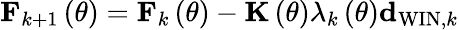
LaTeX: {\mathbf F}_{k+1}\left(\theta\right)={\mathbf F}_{k}\left(\theta\right)-{\mathbf K}\left(\theta\right)\lambda_{k}\left(\theta\right){\mathbf d}_{\mathrm{WIN},k}